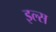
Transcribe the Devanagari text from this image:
इल्स